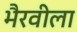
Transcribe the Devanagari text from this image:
भैरवीला